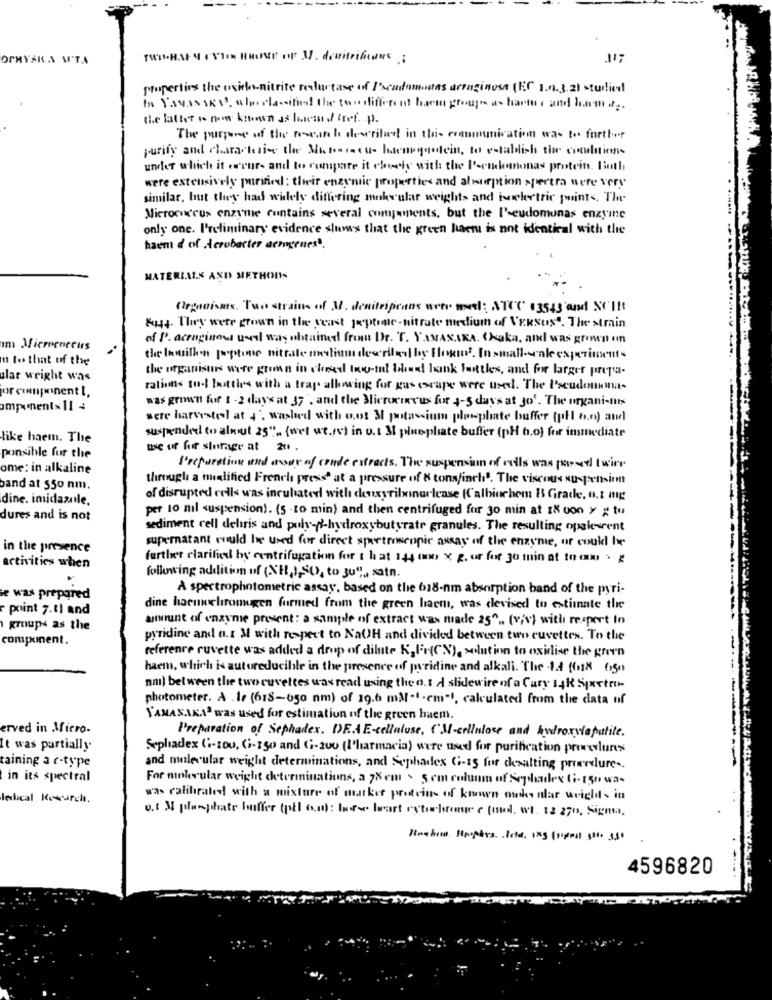
OCHYAK A MI'TA
HHOME op 3. denitrificans ;
properties the oxido-nitrite reclutase of Pseudomonas arraginosa (EC 1.0.3.2) studied
to YAVAS SK'S. alsoclassified the two different barm groupe as hartu , and ham ...
the father is now known as head fref. p.
The purpose of the rescan be described in this communication was to further
purify and characteri- the Maneracu- haengqolein, to establish the conditions
under which it eneur- and to compare it closely with the P-colamonas protein, Sinth
were extensively purified: their engenic properties and absorption spectra were very
similar, but they had widely differing molecular weights and isoelectric points. The
Micrococcus enzyme contains several comments, but the I'seudomonas enzyme
only one. I'reliminary evidence sluwws that the green haem is not identical with the
haen d of Acrobacter acrogenes".
MAT
MIRTHONS
Organisms. Tuo strains of 3. denitrificans uete wel: ATCC 13543'and SCI !:
&44. They were grown in the beast jeptime- nitrate medium of VERSUS". The strain
of P. acroginous usal was obtained from Dr. T. YAMANAKA. Chaka, and was grown on
om Microenecus
to that of the
the Inwillen poptone nitrate mastiom described by Blogis . In small-scale experiments
the organisus were grown in closed low-int blowed bank faitles, and for larger prepa-
ular weight was
por cinponent I,
rations tudl bottles with a trap allowing for gus esrape were used. The Pseudonimas
was grown for 1 -2 days at 37 ", and the Microcircus for 4-5 days at Jo'. The organi-mis
omponents 11 4
were harvestel at 4: washed with out M potassium phosphate buffer (pil no) and
like haem. The
suspended to almout 25" ... (wet ut.rv) in u.1 M plusphate buffer (pH h.o) for immediate
use of for storage at 20.
ponsible fur the
ome: in alkaline
Preparation and assuy of coude extracts. The suspension of cells was passed twice
through a modified French press* at a pressure of & tonsfinch'. The viscous suspension
band at 550 nm.
dine. imidazole.
of disrupted cells was incubated with ceuxyribinarlease (Calbiochem & Grace, 0.1 mg
per to mil suspension). (5 -to min) and then centrifuged for 30 min at 18 von y g to
dures and is not
sediment cell debris and poly -- hydroxybutyrate granules. The resulting opalesrent
supernatant could be used for direct sportroscopie assas of the enzyme, or could be
in the presence
further clarified by centrifugation for 1 hat 144 000 x 2. or for 30 min at to om >
activities when
following addition of (XH,),SO), to 30"), satn.
A spectrophotometric assay, based on the 618-nm absorption band of the pyri-
e was prepared
point 7.8) and
dine harumochromugen furmed from the green haen, was devised to estimate the
amount of enzyme present: a sample of extract was made 25" .. (v/v) with respect to
groups as the
component.
pyridine and o.s M with respect to NaOH and divided between two cuvettes. To the
reference cuvette was added a drop of dilute K,Fe(CN), solution to oxidise the green
haen, which is autoreducible in the presence of puridine and alkali. The 1.4 flux os0
nni) between the two cuvettes was read using the o.t A slidewire of a Cury 14k Spxstro-
photometer. A . le (618-650 nm) of 19.6 mål-1 -em" !, calculated from the data uf
YAMANAKA was used for estimation of the green haem.
erved in Micro-
Preparation of Sephadex. DEAE-celluluse, I'M-cellulose and hydroxylapulite.
It was partially
Sophiadex (i-100, Ci-150 and (1-200 (I'harmaria) were used for purification proverlures
taining a r-type
and molecular weight determinations, and Sephadex G-15 for chesalting procedures.
----
in its spectral
For mole ular weight determinations, a 78 em > 5 cm column of Sephades (i- 150 wa-
lelical Resurch.
was calibrated with a mixture of masker proteins of known oudes alar wrights in
o.t M plusplate buffer (pil o.): lasse heart estichrome c (mol. wt. 12 270, Signsa.
4596820